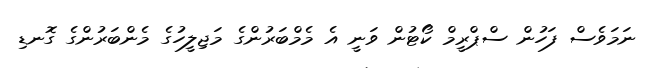
ނަމަވެސް ފަހުން ސްޕްރީމް ކޯޓުން ވަނީ އެ މެމްބަރުންގެ މަޖިލީހުގެ މެންބަރުންގެ ގޮނޑި